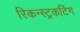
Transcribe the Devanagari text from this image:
रिकन्स्ट्रकटिंग